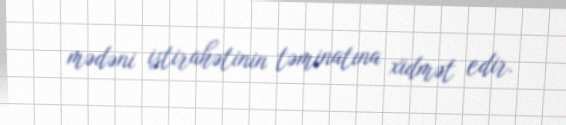
mədəni istirahətinin təminatına xidmət edir.